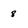
Character: 8